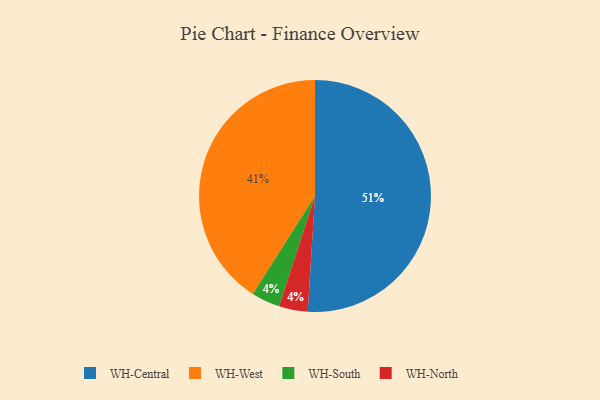
{"axis": {"x": "Category", "y": "Percentage"}, "legend": ["WH-Central", "WH-North", "WH-South", "WH-West"], "data": [{"x": "WH-West", "y": 41, "type": "WH-West"}, {"x": "WH-South", "y": 4, "type": "WH-South"}, {"x": "WH-Central", "y": 51, "type": "WH-Central"}, {"x": "WH-North", "y": 4, "type": "WH-North"}]}